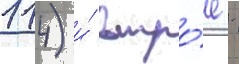
114) и́ втро́е -